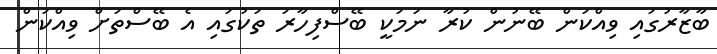
ބާޒާރުގައި ވިއްކަން ބޭނުން ކުރާ ނަމަކީ ބޭސްފިހާރަ ތަކުގައި އެ ބޭސްތަށް ވިއްކަން